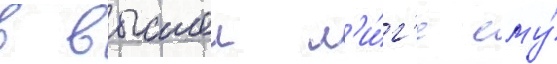
в высшеи л'и́г'е ему́